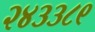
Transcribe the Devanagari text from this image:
२४३३८९